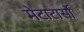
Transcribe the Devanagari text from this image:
मेटाटार्सो